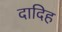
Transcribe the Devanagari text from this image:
दादिह